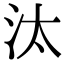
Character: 汰